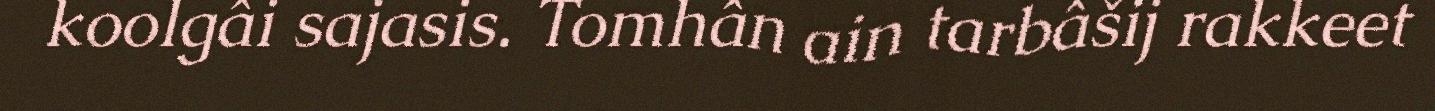
koolgâi sajasis. Tomhân ain tarbâšij rakkeet